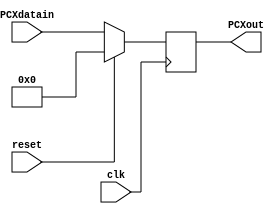
module pcX (
    input wire clk,           // Seal de reloj
    input wire reset,         // Seal de reinicio
    input wire [31:0] PCXdatain, // Entrada de datos
    output reg [31:0] PCXout
);

always @(negedge clk) begin
    if (reset == 1) begin
        PCXout <= 32'b00000000000000000000000000000000;
    end
    else begin
        PCXout <= PCXdatain;
    end
end

endmodule